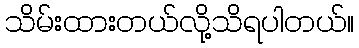
သိမ်းထားတယ်လို့သိရပါတယ်။